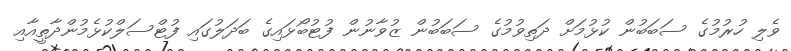
ވެލި ހުރުމުގެ ސަބަބުން ކުޅުމަށް ދަތިވުމުގެ ސަބަބުން ޒުވާނުން ފުޓުބޯޅައިގެ ބަދަލުގައި ފުޓްސަލްކުޅެމުންދާތީއާއި